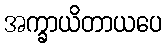
အက္ခာယိတာယပေ